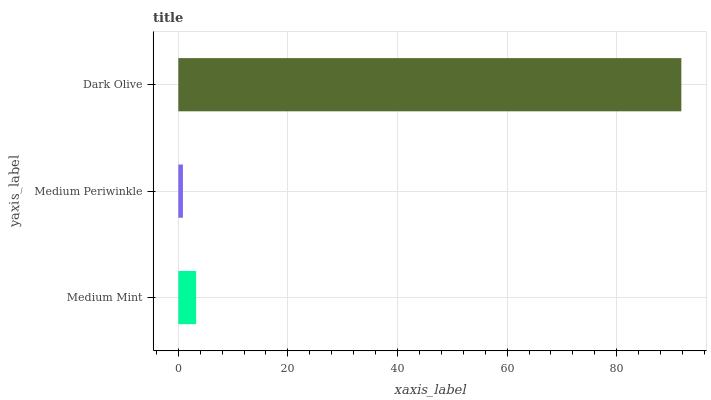
| yaxis_label | bars |
 | --- | --- |
 | Medium Mint | 3.25 |
 | Medium Periwinkle | 0.84 |
 | Dark Olive | 91.8 |